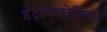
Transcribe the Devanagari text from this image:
इंट्राफैलोपियन